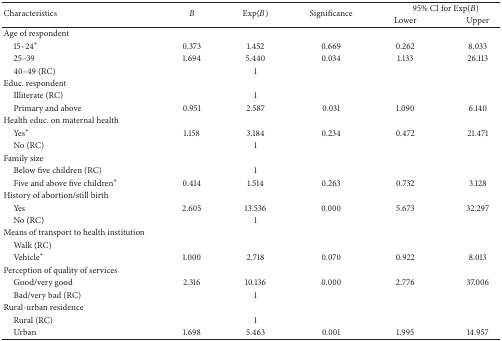
<table><thead><tr><td rowspan="2"><b>Characteristics</b></td><td rowspan="2"><b><i>B</i></b></td><td rowspan="2"><b>Exp(<i>B</i>)</b></td><td rowspan="2"><b>Significance</b></td><td colspan="2"><b>95% CI for Exp(<i>B</i>)</b></td></tr><tr><td><b>Lower </b></td><td><b>Upper </b></td></tr></thead><tbody><tr><td>Age of respondent</td><td> </td><td> </td><td> </td><td> </td><td> </td></tr><tr><td> 15–24<sup>*</sup></td><td>0.373</td><td>1.452</td><td>0.669</td><td>0.262</td><td>8.033</td></tr><tr><td> 25–39</td><td>1.694</td><td>5.440</td><td>0.034</td><td>1.133</td><td>26.113</td></tr><tr><td> 40–49 (RC)</td><td> </td><td>1</td><td> </td><td> </td><td> </td></tr><tr><td>Educ. respondent</td><td> </td><td> </td><td> </td><td> </td><td> </td></tr><tr><td> Illiterate (RC)</td><td> </td><td>1</td><td> </td><td> </td><td> </td></tr><tr><td> Primary and above</td><td>0.951</td><td>2.587</td><td>0.031</td><td>1.090</td><td>6.140</td></tr><tr><td>Health educ. on maternal health</td><td> </td><td> </td><td> </td><td> </td><td> </td></tr><tr><td> Yes<sup>*</sup></td><td>1.158</td><td>3.184</td><td>0.234</td><td>0.472</td><td>21.471</td></tr><tr><td> No (RC)</td><td> </td><td>1</td><td> </td><td> </td><td> </td></tr><tr><td>Family size</td><td> </td><td> </td><td> </td><td> </td><td> </td></tr><tr><td> Below five children (RC)</td><td> </td><td>1</td><td> </td><td> </td><td> </td></tr><tr><td> Five and above five children<sup>*</sup></td><td>0.414</td><td>1.514</td><td>0.263</td><td>0.732</td><td>3.128</td></tr><tr><td>History of abortion/still birth</td><td> </td><td> </td><td> </td><td> </td><td> </td></tr><tr><td> Yes </td><td>2.605</td><td>13.536</td><td>0.000</td><td>5.673</td><td>32.297</td></tr><tr><td> No (RC)</td><td> </td><td>1</td><td> </td><td> </td><td> </td></tr><tr><td>Means of transport to health institution</td><td> </td><td> </td><td> </td><td> </td><td> </td></tr><tr><td> Walk (RC)</td><td> </td><td> </td><td> </td><td> </td><td> </td></tr><tr><td> Vehicle<sup>*</sup></td><td>1.000</td><td>2.718</td><td>0.070</td><td>0.922</td><td>8.013</td></tr><tr><td>Perception of quality of services</td><td> </td><td> </td><td> </td><td> </td><td> </td></tr><tr><td> Good/very good</td><td>2.316</td><td>10.136</td><td>0.000</td><td>2.776</td><td>37.006</td></tr><tr><td> Bad/very bad (RC)</td><td> </td><td>1</td><td> </td><td> </td><td> </td></tr><tr><td>Rural-urban residence</td><td> </td><td> </td><td> </td><td> </td><td> </td></tr><tr><td> Rural (RC) </td><td> </td><td>1</td><td> </td><td> </td><td> </td></tr><tr><td> Urban </td><td>1.698</td><td>5.463</td><td>0.001</td><td>1.995</td><td>14.957</td></tr></tbody></table>